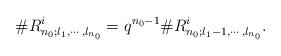
LaTeX: \begin{align*}\#R^i_{n_0;l_1,\cdots,l_{n_0}}=q^{n_0-1}\#R^i_{n_0;l_1-1,\cdots,l_{n_0}}.\end{align*}